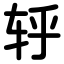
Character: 轷